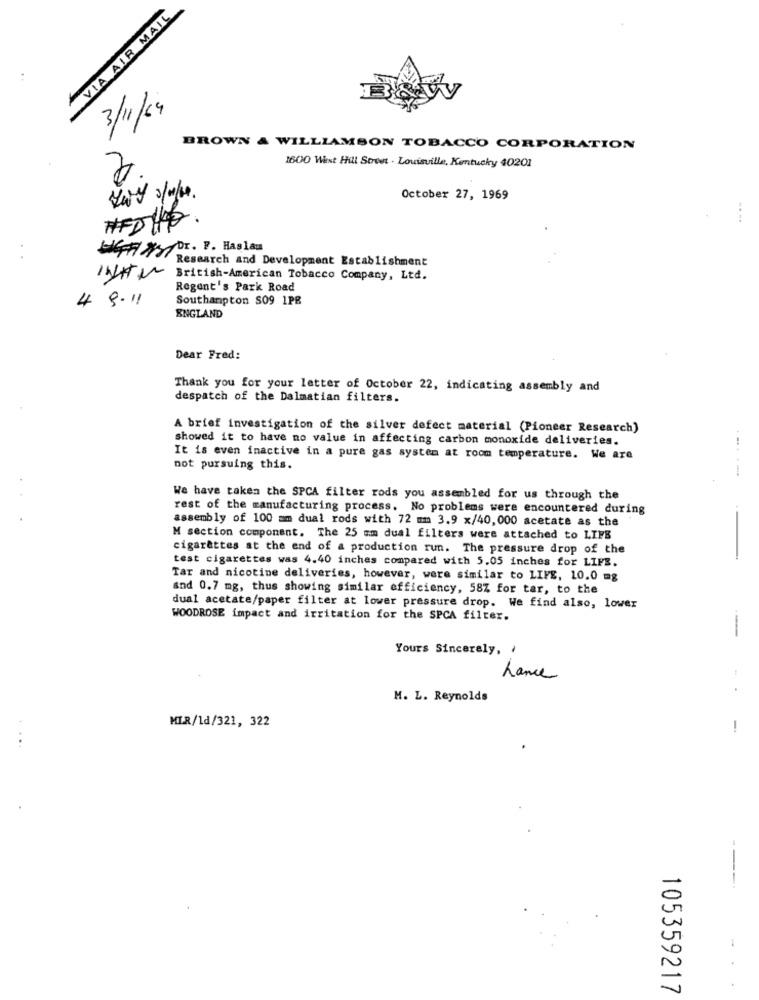
VIA AIR MAIL.
3/11/04
BROWN & WILLIAMSON TOBACCO CORPORATION
1600 West Hill Soon . Louisville, Kentucky 40201
October 27, 1969
#ED HO .
* Dr. F. Haslam
Research and Development Establishment
It~ British American Tobacco Company, Ltd.
Regent's Park Road
4 9. 11
Southampton S09 1PB
ENGLAND
Dear Fred:
Thank you for your letter of October 22, indicating assembly and
despatch of the Dalmatian filters.
A brief investigation of the silver defect material (Pioneer Research)
showed it to have no value in affecting carbon monoxide deliveries.
It is even inactive in a pure gas system at room temperature. We are
not pursuing this.
..... -
We have taken the SPCA filter rods you assembled for us through the
rest of the manufacturing process. No problems were encountered during
assembly of 100 mm dual rods with 72 mm 3.9 x/40, 000 acetate as the
-
M section component. The 25 mm dual filters were attached to LIFE
cigarettes at the end of a production run. The pressure drop of the
test cigarettes was 4.40 inches compared with 5.05 inches for LIFE.
Tar and nicotine deliveries, however, were similar to LIFE, 10.0 mg
and 0.7 mg, thus showing similar efficiency, 58Z for tar, to the
dual acetate/paper filter at lower pressure drop. We find also, lower
WOODROSE impact and irritation for the SPCA filter.
-
Yours Sincerely,
Lance
M. L. Reynolds
MLR/1d/321, 322
-
---.
105359217